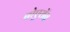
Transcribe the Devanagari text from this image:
बोएरॉन